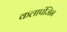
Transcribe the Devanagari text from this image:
कलापंजिन